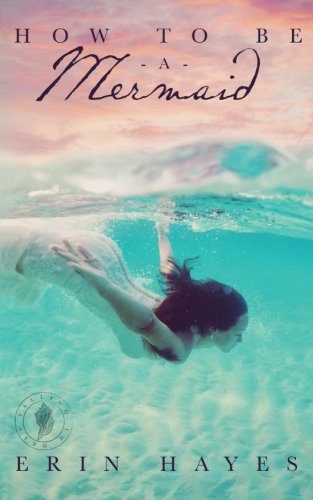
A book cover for How to be a Mermaid: A Falling in Deep Collection Novella; Erin Hayes; Science Fiction & Fantasy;